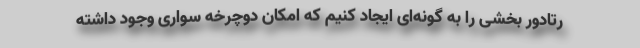
رتادور بخشی را به گونه‌ای ایجاد کنیم که امکان دوچرخه سواری وجود داشته